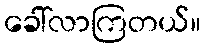
ခေါ်လာကြတယ်။